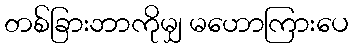
တစ်ခြားဘာကိုမျှ မဟောကြားပေ